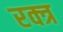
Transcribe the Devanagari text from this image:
रक्त्र